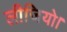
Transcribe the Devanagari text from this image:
लीजियो।